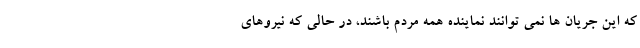
که این جریان ها نمی توانند نماینده همه مردم باشند، در حالی که نیروهای